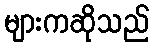
များကဆိုသည်